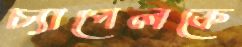
চ্যাপেলকে